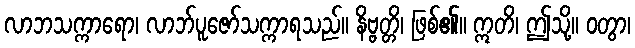
လာဘသက္ကာရော၊ လာဘ်ပူဇော်သက္ကာရသည်။ နိဗ္ဗတ္တိ၊ ဖြစ်၏။ ဣတိ၊ ဤသို့။ ဝတွာ၊